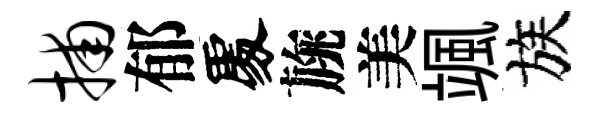
捕郁𠁅旐美颯族